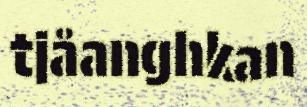
tjåanghkan